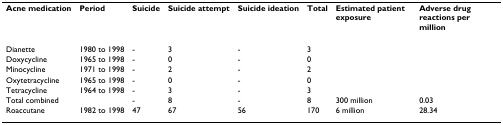
| Acne medication | Period | Suicide | Suicide attempt | Suicide ideation | Total | Estimated patient exposure | Adverse drug reactions per million |
 | --- | --- | --- | --- | --- | --- | --- | --- |
 | Dianette | 1980 to 1998 | - | 3 | - | 3 |  |  |
 | Doxycycline | 1965 to 1998 | - | 0 | - | 0 |  |  |
 | Minocycline | 1971 to 1998 | - | 2 | - | 2 |  |  |
 | Oxytetracycline | 1965 to 1998 | - | 0 | - | 0 |  |  |
 | Tetracycline | 1964 to 1998 | - | 3 | - | 3 |  |  |
 | Total combined |  | - | 8 | - | 8 | 300 million | 0.03 |
 | Roaccutane | 1982 to 1998 | 47 | 67 | 56 | 170 | 6 million | 28.34 |